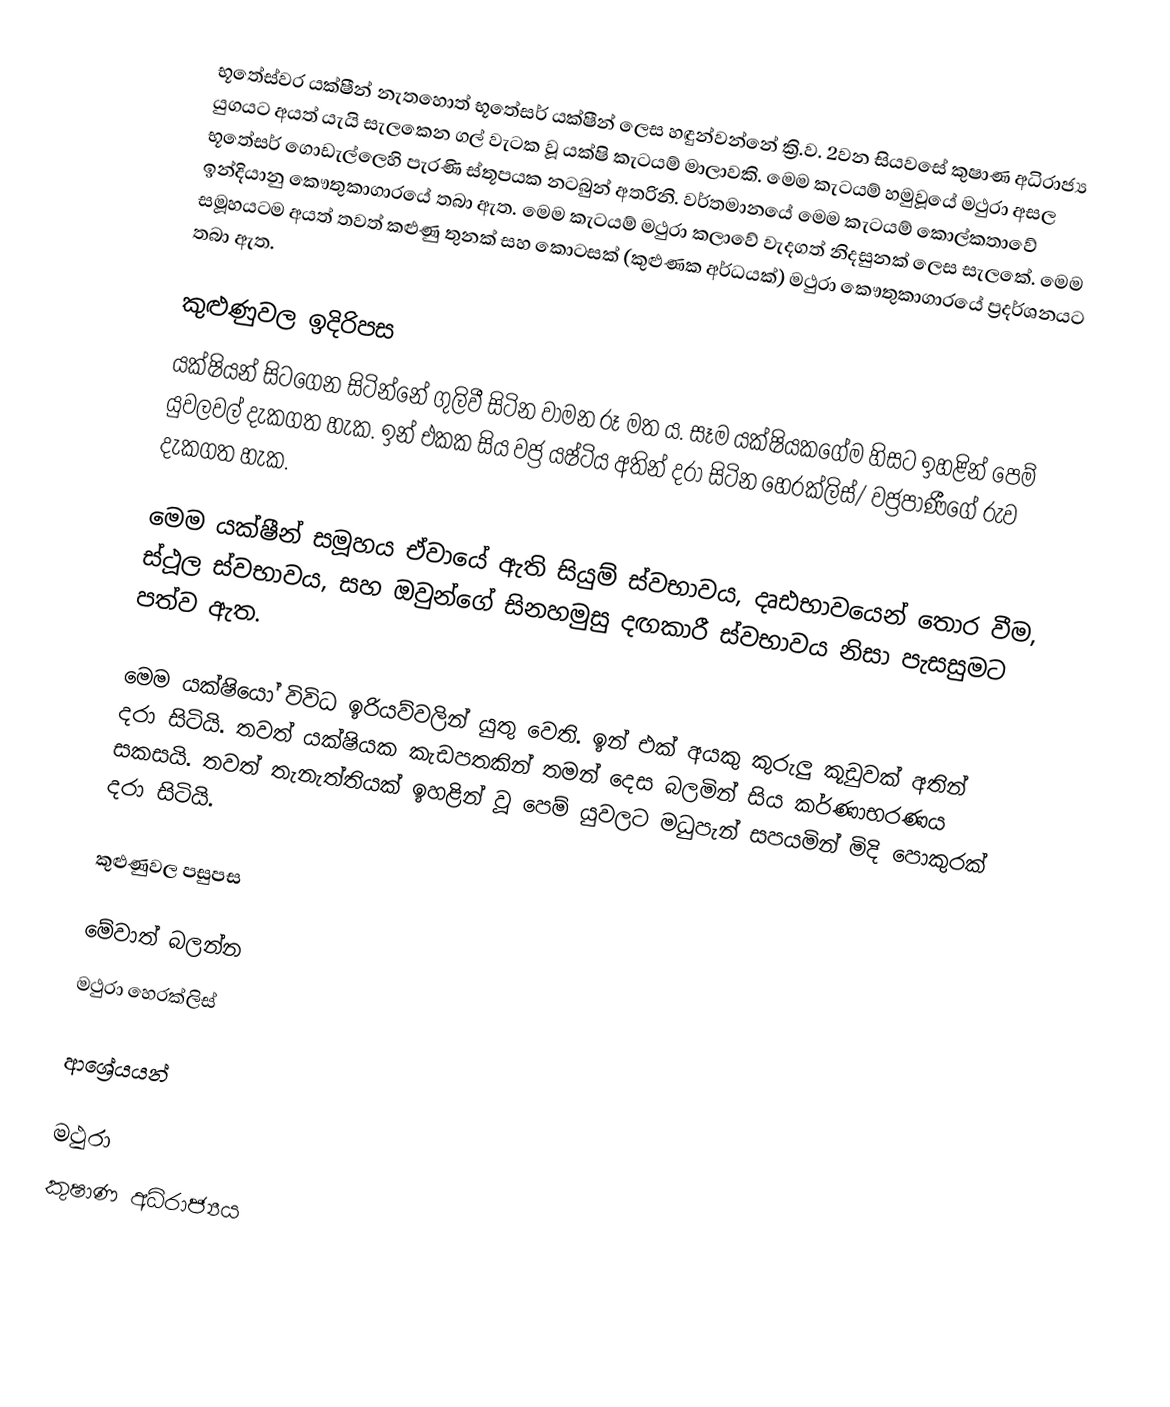
භූතේස්වර යක්ෂීන් නැතහොත් භූතේසර් යක්ෂීන් ලෙස හඳුන්වන්නේ ක්‍රි.ව. 2වන සියවසේ කුෂාණ අධිරාජ්‍ය යුගයට අයත් යැයි සැලකෙන ගල් වැටක වූ යක්ෂි කැටයම් මාලාවකි. මෙම කැටයම් හමුවූයේ මථුරා අසල භූතේසර් ගොඩැල්ලෙහි පැරණි ස්තූපයක නටබුන් අතරිනි. වර්තමානයේ මෙම කැටයම් කොල්කතාවේ ඉන්දියානු කෞතුකාගාරයේ තබා ඇත. මෙම කැටයම් මථුරා කලාවේ වැදගත් නිදසුනක් ලෙස සැලකේ. මෙම සමූහයටම අයත් තවත් කළුණු තුනක් සහ කොටසක් (කුළුණක අර්ධයක්) මථුරා කෞතුකාගාරයේ ප්‍රදර්ශනයට තබා ඇත.

කුළුණුවල ඉදිරිපස
යක්ෂියන් සිටගෙන සිටින්නේ ගුලිවී සිටින වාමන රූ මත ය. සෑම යක්ෂියකගේම හිසට ඉහළින් පෙම් යුවලවල් දැකගත හැක. ඉන් එකක සිය වජ්‍ර යෂ්ටිය අතින් දරා සිටින හෙරක්ලිස්/ වජ්‍රපාණීගේ රුව දැකගත හැක.

මෙම යක්ෂීන් සමූහය ඒවායේ ඇති සියුම් ස්වභාවය, දෘඪභාවයෙන් තොර වීම, ස්ථූල ස්වභාවය, සහ ඔවුන්ගේ සිනහමුසු දඟකාරී ස්වභාවය නිසා පැසසුමට පත්ව ඇත.

මෙම යක්ෂියෝ විවිධ ඉරියව්වලින් යුතු වෙති. ඉන් එක් අයකු කුරුලු කූඩුවක් අතින් දරා සිටියි. තවත් යක්ෂියක කැඩපතකින් තමන් දෙස බලමින් සිය කර්ණාභරණය සකසයි. තවත් තැනැත්තියක් ඉහළින් වූ පෙම් යුවලට මධුපැන් සපයමින් මිදි පොකුරක් දරා සිටියි.

කුළුණුවල පසුපස

මේවාත් බලන්න
 මථුරා හෙරක්ලිස්

ආශ්‍රේයයන්

මථුරා
කුෂාණ අධිරාජ්‍යය